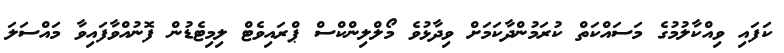
ކަފައި ވިއްކާލުމުގެ މަސައްކަތް ކުރަމުންދާކަމަށް ވިދާޅުވެ މޯލްލިންކްސް ޕްރައިވެޓް ލިމިޓެޑުން ފޮނުއްވާފައިވާ މައްސަލަ